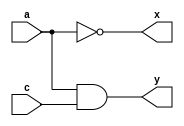
module clb_ig(
	input a,
	input c,
	output x,
	output y
);

	wire f, g;
	
	assign f = a & c;
	assign g = ~a;
	assign x = g;
	assign y = f;
	
endmodule